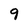
Character: 9